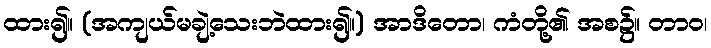
ထား၍။ (အကျယ်မချဲ့သေးဘဲထား၍။) အာဒိတော၊ ကံတို့၏ အစ၌။ တာဝ၊